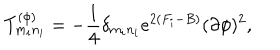
T _ { m _ { i } n _ { i } } ^ { ( \phi ) } = - { \frac { 1 } { 4 } } \delta _ { m _ { i } n _ { i } } e ^ { 2 ( F _ { i } - B ) } ( \partial \phi ) ^ { 2 } ,